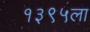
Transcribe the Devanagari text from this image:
१३९५ला